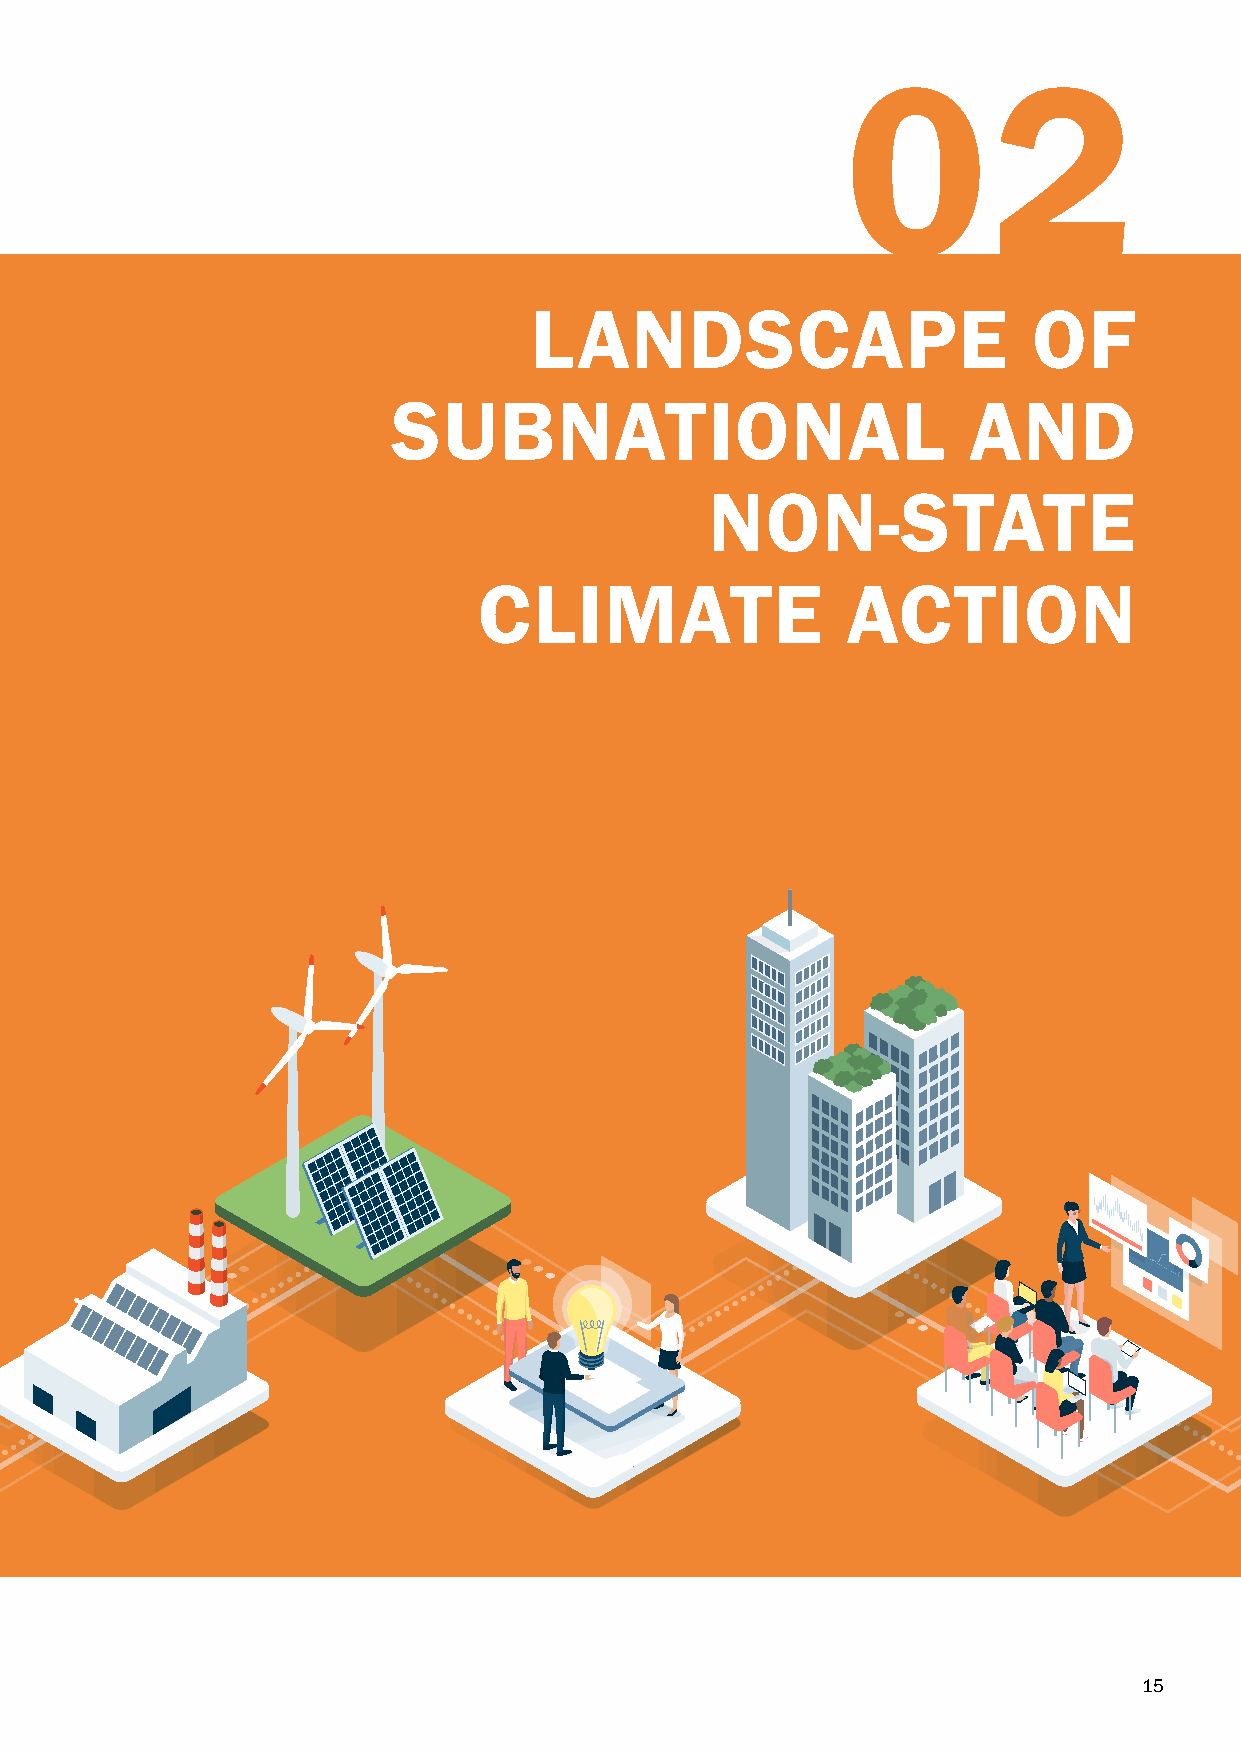
02
 LANDSCAPE                        OF
 SUBNATIONAL                           AND
 NON-STATE
 CLIMATE                 ACTION
 15